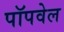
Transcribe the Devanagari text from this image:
पॉपवेल